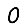
Digit: 0